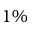
1 \%